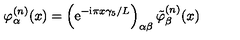
\varphi _ { \alpha } ^ { ( n ) } ( x ) = \left( \mathrm { e } ^ { - \mathrm { i } \pi x \gamma _ { 5 } / L } \right) _ { \alpha \beta } \tilde { \varphi } _ { \beta } ^ { ( n ) } ( x )